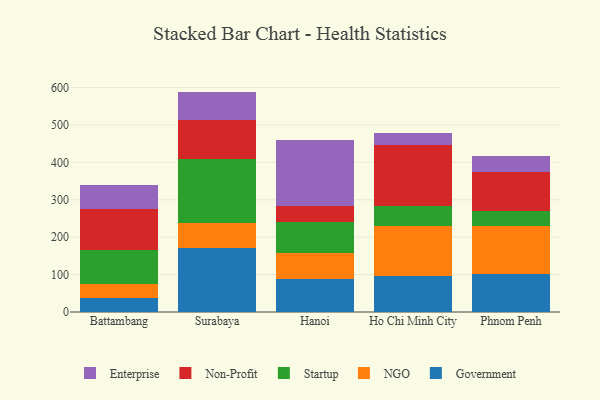
{"axis": {"x": "City", "y": "Active Users"}, "legend": ["Enterprise", "Government", "NGO", "Non-Profit", "Startup"], "data": [{"x": "Battambang", "y": 36.9, "type": "Government"}, {"x": "Battambang", "y": 38.2, "type": "NGO"}, {"x": "Battambang", "y": 89.9, "type": "Startup"}, {"x": "Battambang", "y": 111.2, "type": "Non-Profit"}, {"x": "Battambang", "y": 63.3, "type": "Enterprise"}, {"x": "Surabaya", "y": 171.7, "type": "Government"}, {"x": "Surabaya", "y": 65.8, "type": "NGO"}, {"x": "Surabaya", "y": 172.0, "type": "Startup"}, {"x": "Surabaya", "y": 103.3, "type": "Non-Profit"}, {"x": "Surabaya", "y": 76.2, "type": "Enterprise"}, {"x": "Hanoi", "y": 87.3, "type": "Government"}, {"x": "Hanoi", "y": 69.3, "type": "NGO"}, {"x": "Hanoi", "y": 83.2, "type": "Startup"}, {"x": "Hanoi", "y": 44.1, "type": "Non-Profit"}, {"x": "Hanoi", "y": 176.6, "type": "Enterprise"}, {"x": "Ho Chi Minh City", "y": 97.1, "type": "Government"}, {"x": "Ho Chi Minh City", "y": 133.0, "type": "NGO"}, {"x": "Ho Chi Minh City", "y": 53.4, "type": "Startup"}, {"x": "Ho Chi Minh City", "y": 163.7, "type": "Non-Profit"}, {"x": "Ho Chi Minh City", "y": 31.2, "type": "Enterprise"}, {"x": "Phnom Penh", "y": 100.8, "type": "Government"}, {"x": "Phnom Penh", "y": 128.6, "type": "NGO"}, {"x": "Phnom Penh", "y": 39.8, "type": "Startup"}, {"x": "Phnom Penh", "y": 104.0, "type": "Non-Profit"}, {"x": "Phnom Penh", "y": 42.4, "type": "Enterprise"}]}